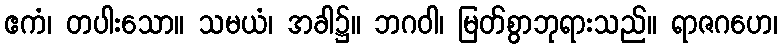
ဧကံ၊ တပါးသော။ သမယံ၊ အခါ၌။ ဘဂဝါ၊ မြတ်စွာဘုရားသည်။ ရာဇဂဟေ၊